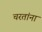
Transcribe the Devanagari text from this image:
चरतांना